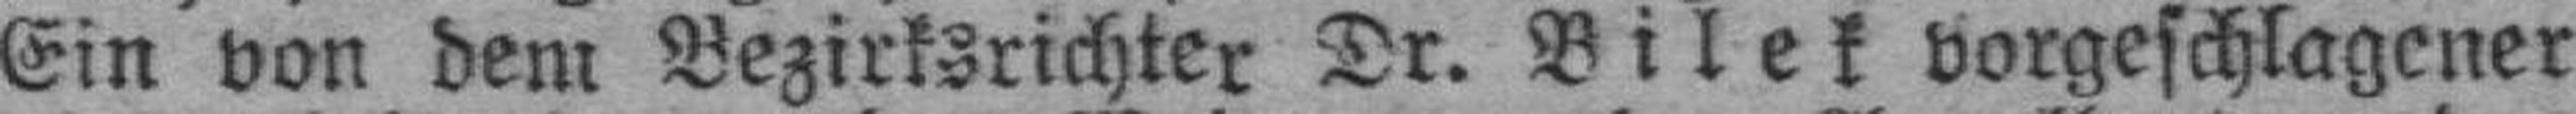
Ein von dem Bezirksrichter Dr. Bilek vorgeschlagener